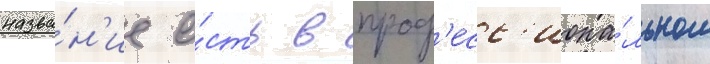
назва́н'ие е́сть в проф'есс'иона́льном